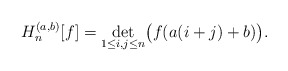
\begin{gather*}H_n^{(a,b)}[f]=\det_{1\le i,j\le n}\bigl(f(a(i+j)+b)\bigr).\end{gather*}